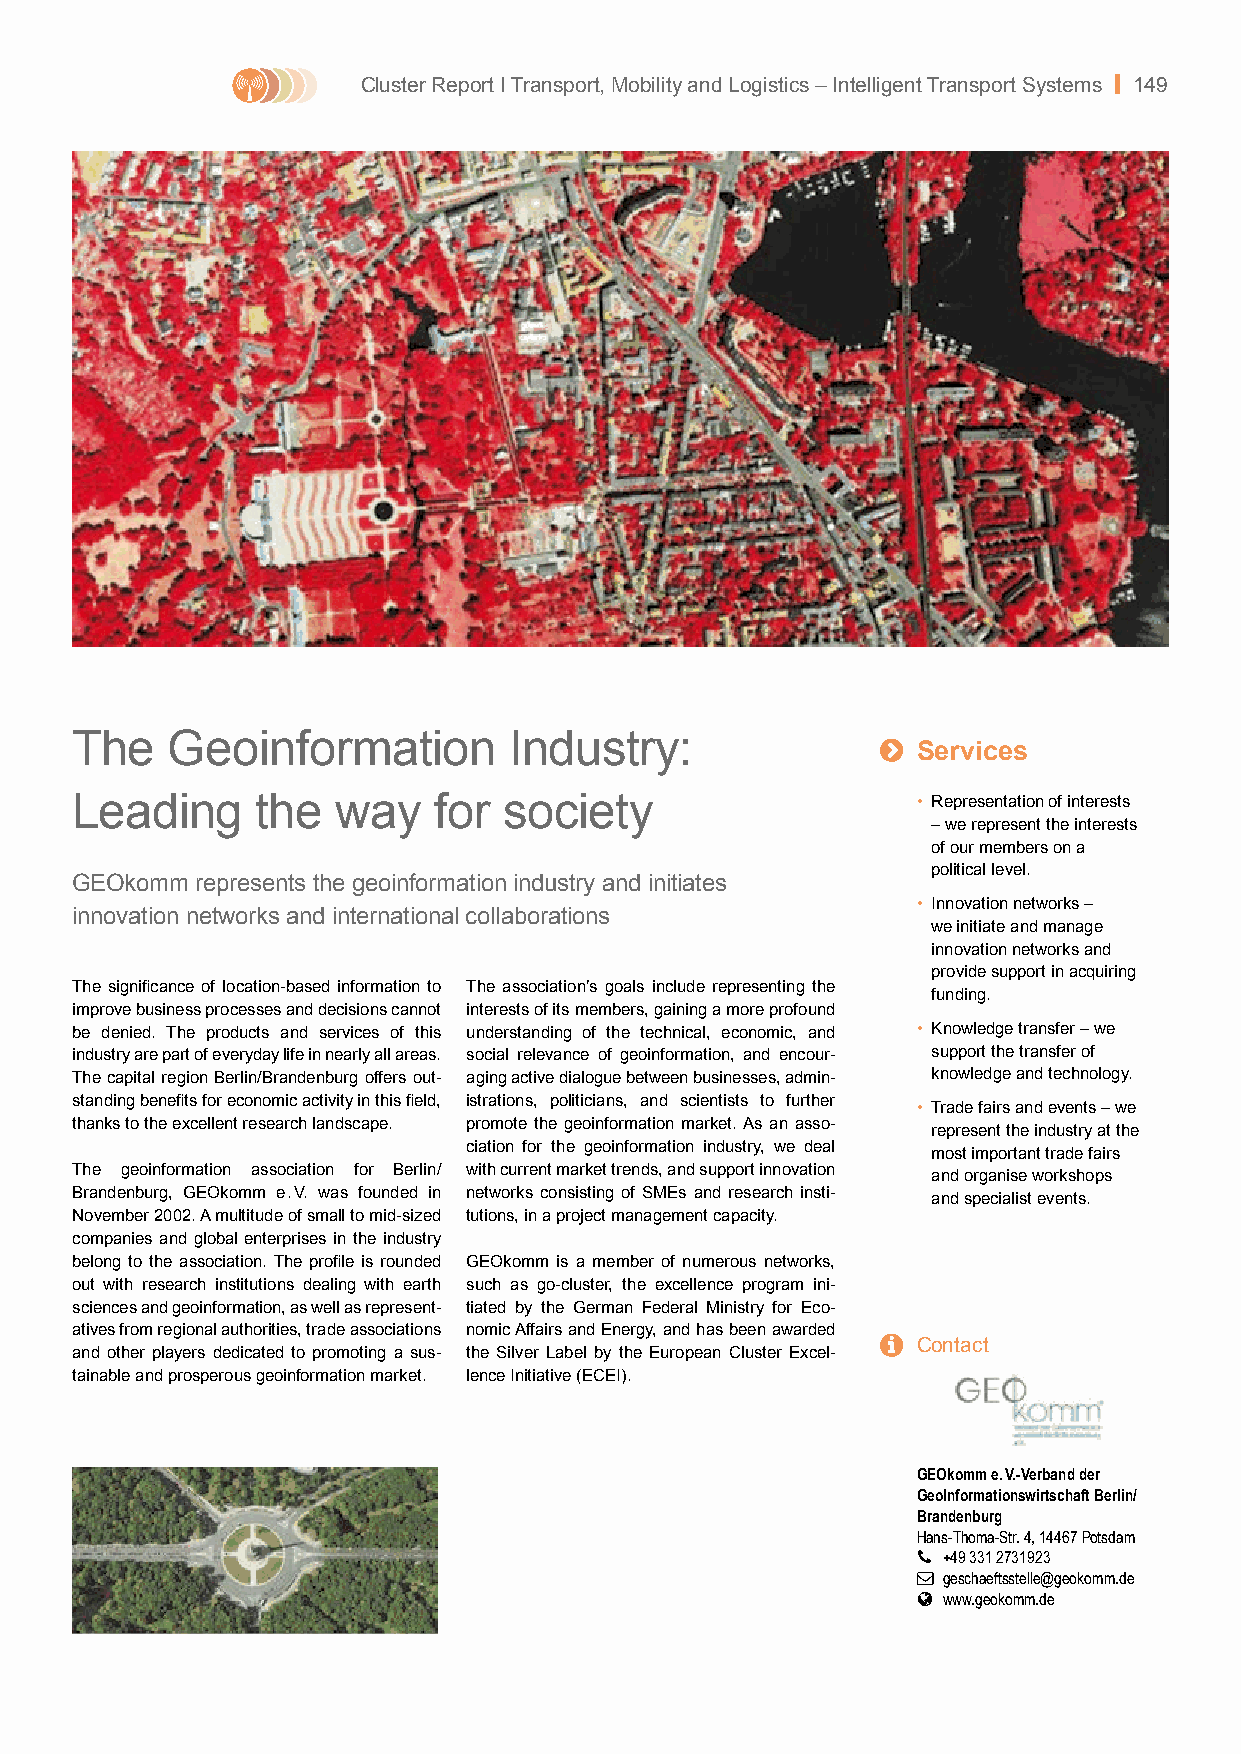
Cluster Report I Transport, Mobility and Logistics – Intelligent Transport Systems | 149
 The   Geoinformation         Industry:               
 Services
 Leading     the  way    for society                     • Representation of interests
 – we represent the interests
 of our members on a
 political level.
 GEOkomm represents the geoinformation industry and initiates
 • Innovation networks –
 innovation networks and international collaborations
 we initiate and manage
 innovation networks and
 provide support in acquiring
 The significance of location-based information to The association’s goals include representing the
 funding.
 improve business processes and decisions cannot interests of its members, gaining a more profound
 be denied. The products and services of this understanding of the technical, economic, and • Knowledge transfer – we
 industry are part of everyday life in nearly all areas. social relevance of geoinformation, and encour- support the transfer of
 The capital region Berlin/Brandenburg offers out- aging active dialogue between businesses, admin- knowledge and technology.
 standing benefits for economic activity in this field, istrations, politicians, and scientists to further
 • Trade fairs and events – we
 thanks to the excellent research landscape. promote the geoinformation market. As an asso-
 represent the industry at the
 ciation for the geoinformation industry, we deal
 most important trade fairs
 The geoinformation association for Berlin/ with current market trends, and support innovation
 and organise workshops
 Brandenburg, GEOkomm e . V. was founded in networks consisting of SMEs and research insti-
 and specialist events.
 November 2002. A multitude of small to mid-sized tutions, in a project management capacity.
 companies and global enterprises in the industry
 belong to the association. The profile is rounded GEOkomm is a member of numerous networks,
 out with research institutions dealing with earth such as go-cluster, the excellence program ini-
 sciences and geoinformation, as well as represent- tiated by the German Federal Ministry for Eco-
 atives from regional authorities, trade associations nomic Affairs and Energy, and has been awarded
   Contact
 and other players dedicated to promoting a sus- the Silver Label by the European Cluster Excel-
 tainable and prosperous geoinformation market. lence Initiative (ECEI).
 GEOkomm e. V.-Verband der
 GeoInformationswirtschaft Berlin/
 Brandenburg
 Hans-Thoma-Str. 4, 14467 Potsdam
  +49 331 2731923
  geschaeftsstelle@geokomm.de
  www.geokomm.de